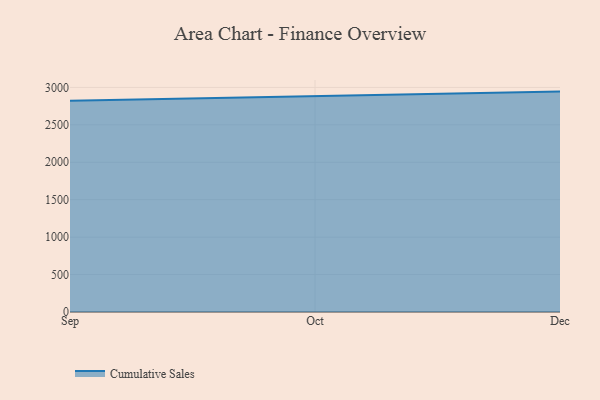
{"axis": {"x": "Month", "y": "Churn Rate (%)"}, "legend": ["Cumulative Sales"], "data": [{"x": "Sep", "y": 2823.4, "type": "Cumulative Sales"}, {"x": "Oct", "y": 2882.6, "type": "Cumulative Sales"}, {"x": "Dec", "y": 2944.0, "type": "Cumulative Sales"}]}